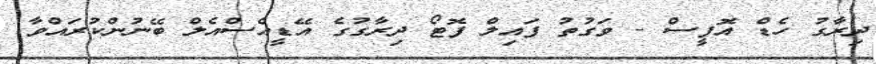
ދިރާގު ހެޑް އޮފީސް - ވަގުތު ފައިލް ފޮޓޯ ދިރާގުގެ އޭޑީއެސްއެލް ބޭނުންކުރައްވާ